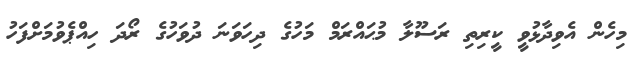
މިހެން އެވިދާޅުވީ ކީރިތި ރަސޫލާ މުޙައްރަމް މަހުގެ ދިހަވަނަ ދުވަހުގެ ރޯދަ ހިއްޕެވުމަށްފަހު